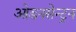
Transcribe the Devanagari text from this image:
ओडनसेन्ट्रन